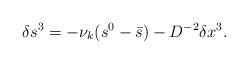
LaTeX: \begin{align*}\delta s^3 = -\nu_k (s^0 - \bar{s}) - D^{-2} \delta x^3.\end{align*}